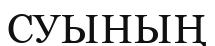
СУЫНЫҢ